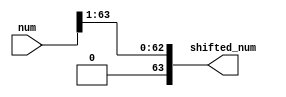
module shift_right64(input [63:0] num, output [63:0] shifted_num);

/*	takes the result and shift it right one by one.
MSB will be zero anyway. so we can skip it and loop until 63	*/

	genvar i;
	generate
		for(i = 0; i < 63; i = i + 1)
			begin: parallel_loop_right_shift
				and(shifted_num[i], num[i+1], 1'b1);
			end
	endgenerate
	
	
	and(shifted_num[63], 1'b0, 1'b0);

endmodule